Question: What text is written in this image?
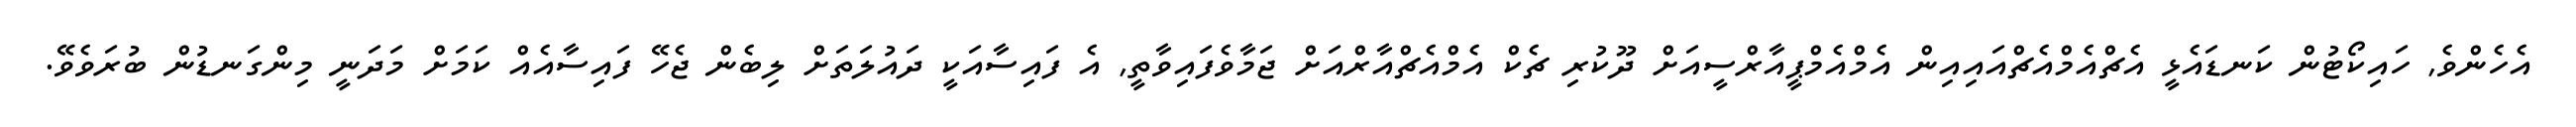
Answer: އެހެންވެ, ހައިކޯޓުން ކަނޑައެޅީ އެޗްއެމްއެޗްއައިއިން އެމްއެމްޕީއާރްސީއަށް ދޫކުރި ޗެކް އެމްއެޗްއާރްއަށް ޖަމާވެފައިވާތީ, އެ ފައިސާއަކީ ދައުލަތަށް ލިބެން ޖެހޭ ފައިސާއެއް ކަމަށް މަދަނީ މިންގަނޑުން ބުރަވެވޭ.